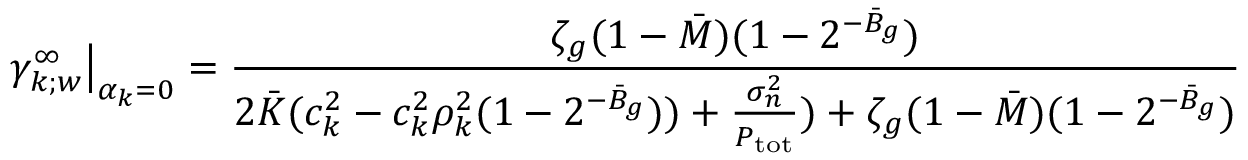
\left. \gamma _ { k ; w } ^ { \infty } \right\rvert _ { \alpha _ { k } = 0 } = \frac { \zeta _ { g } ( 1 - \ensuremath { \bar { M } } ) ( 1 - 2 ^ { - \ensuremath { \bar { B } } _ { g } } ) } { 2 \ensuremath { \bar { K } } ( c _ { k } ^ { 2 } - c _ { k } ^ { 2 } \rho _ { k } ^ { 2 } ( 1 - 2 ^ { - \ensuremath { \bar { B } } _ { g } } ) ) + \frac { \sigma _ { n } ^ { 2 } } { P _ { \mathrm { t o t } } } ) + \zeta _ { g } ( 1 - \ensuremath { \bar { M } } ) ( 1 - 2 ^ { - \ensuremath { \bar { B } } _ { g } } ) }